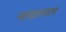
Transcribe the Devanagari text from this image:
न्यायालयाला